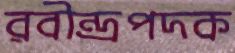
রবীন্দ্রপদক